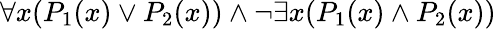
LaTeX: \forall x(P_{1}(x)\lor P_{2}(x))\land\lnot\exists x(P_{1}(x)\land P_{2}(x))